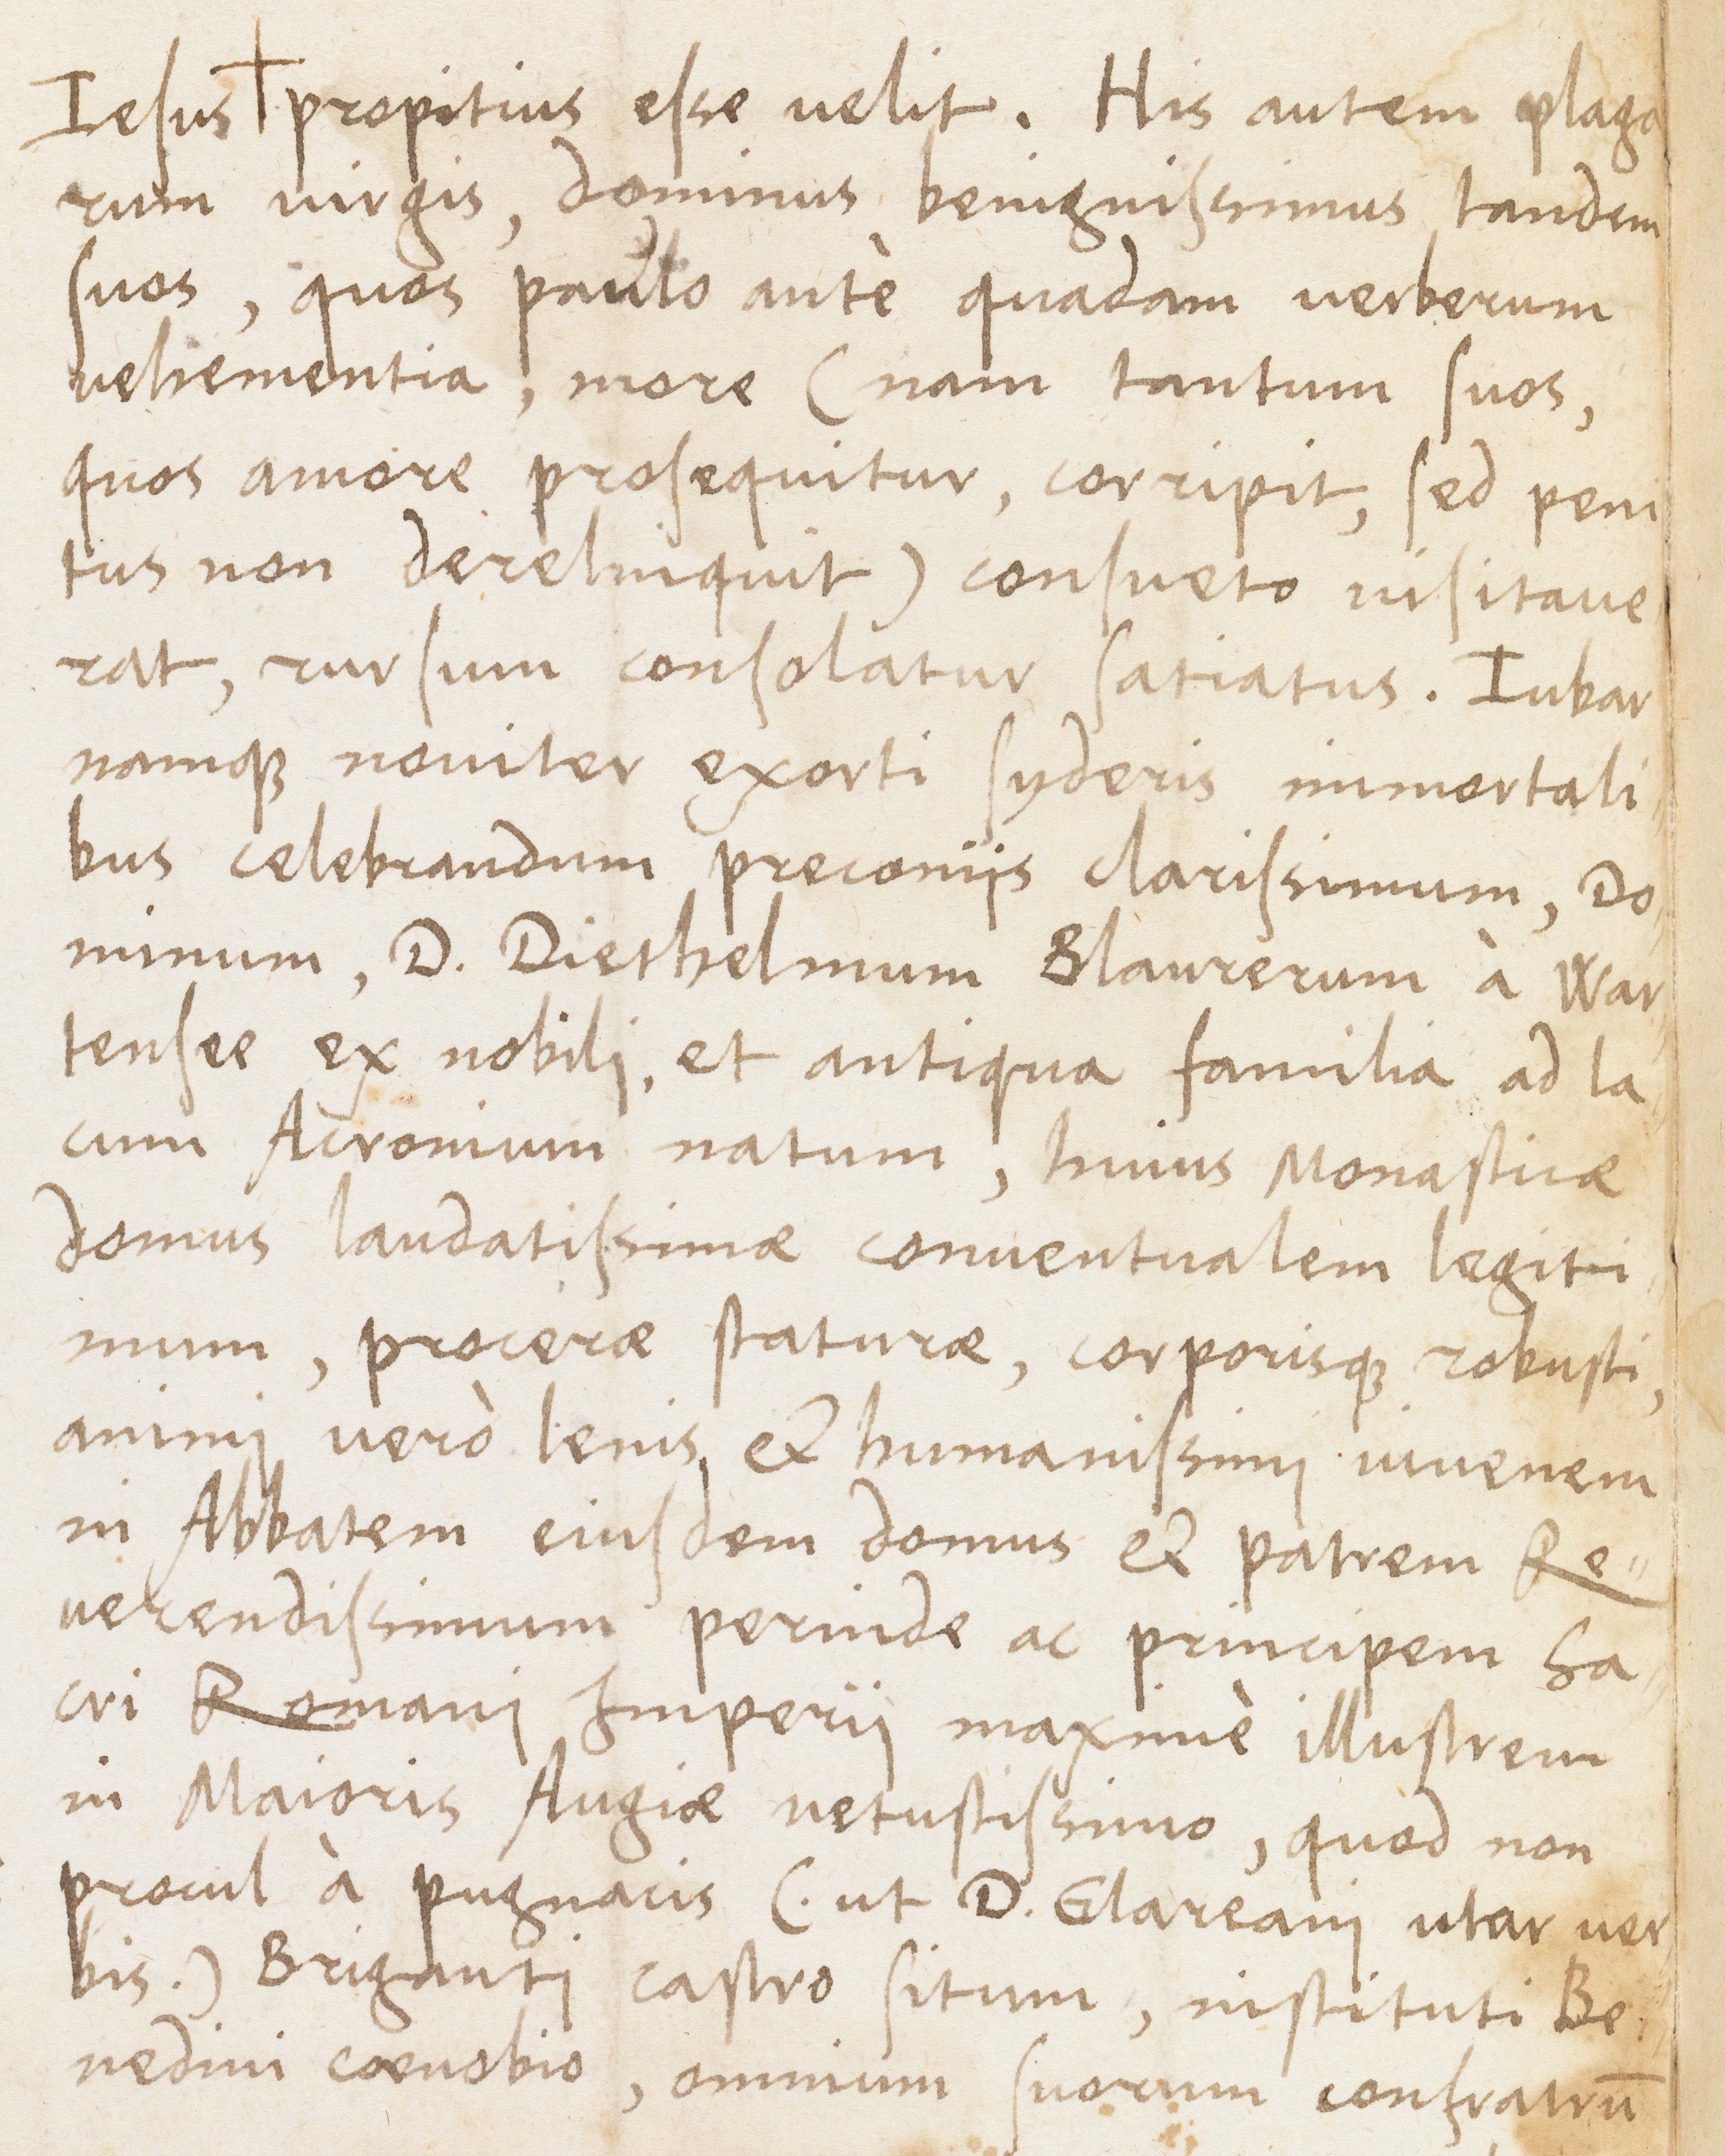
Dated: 1400–1499